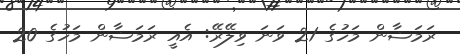
ރަމަޟާން މަހުގެ 21 ވަނަ ވިލޭރޭ: އެއީ ރަމަޟާން މަހުގެ 20